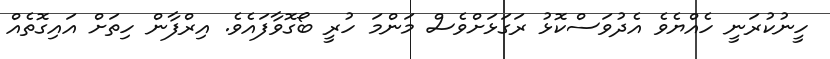
ހީނުކުރަނީ ހެއްޔެވެ އެދުވަސްކޮޅު ރަގަޅަށްވެސް މަންމަ ހުރީ ބޯގޮވާފައެވެ. އިރްފާން ހިތަށް އައިގޮތެއް